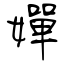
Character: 嬋